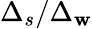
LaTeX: \Delta_{s}/\Delta_{\mathbf{w}}